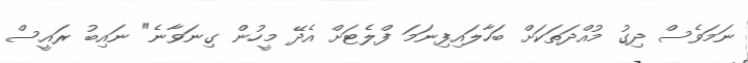
ނަމަވެސް ދިގު މުއްދަތަކަށް ބަހާލައިފިނަމަ ފްލެޓަށް އެދޭ މީހުން ގިނަވާނެ" ނައިބު ރައީސް